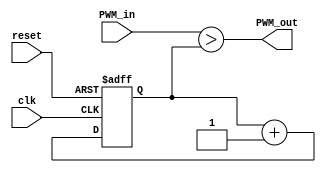
module pwm_dac
   #(parameter N=32)
   (
    input clk, reset,
    input [N-1:0] PWM_in,
    output PWM_out
   );

reg [N-1:0] count = 0; //initial value
always @(posedge clk or posedge reset) begin
   if (reset)
	count <= 0;
   else
	count <= count + 1'b1;  // free-running counter
end
assign PWM_out = (PWM_in > count);  // comparator
endmodule